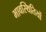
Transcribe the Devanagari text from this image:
भावस्थितियों